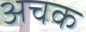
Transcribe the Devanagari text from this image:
अचक